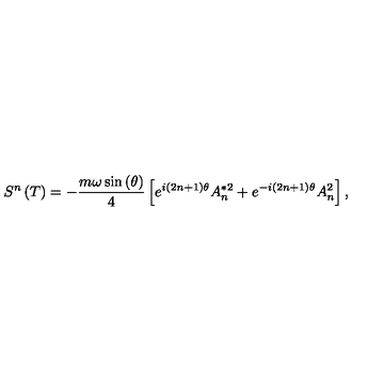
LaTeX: S ^ { n } \left( T \right) = - \frac { m \omega \sin \left( \theta \right) } 4 \left[ e ^ { i \left( 2 n + 1 \right) \theta } A _ { n } ^ { * 2 } + e ^ { - i \left( 2 n + 1 \right) \theta } A _ { n } ^ { 2 } \right] ,